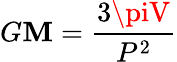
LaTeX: G\mathbf{M}={\frac{{3\piV}}{{P^{2}}}}